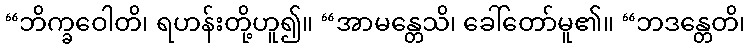
“ဘိက္ခဝေါတိ၊ ရဟန်းတို့ဟူ၍။ “အာမန္တေသိ၊ ခေါ်တော်မူ၏။ “ဘဒန္တေတိ၊